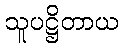
သူပဋ္ဌိတာယ